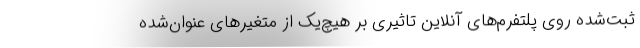
ثبت‌شده روی پلتفرم‌های آنلاین تاثیری بر هیچ‌یک از متغیرهای عنوان‌شده